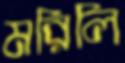
মরিলি